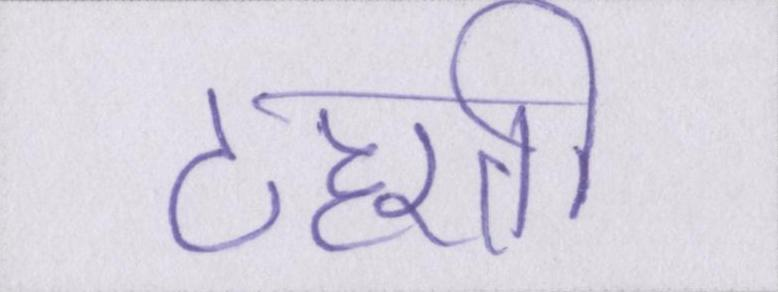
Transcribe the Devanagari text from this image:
ठहरती